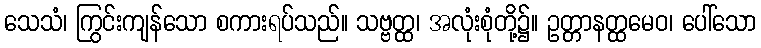
သေသံ၊ ကြွင်းကျန်သော စကားရပ်သည်။ သဗ္ဗတ္ထ၊ အလုံးစုံတို့၌။ ဥတ္တာနတ္ထမေဝ၊ ပေါ်သော